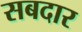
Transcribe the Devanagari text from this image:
सबदार